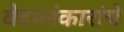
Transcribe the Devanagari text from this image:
वेदालंकारांचे